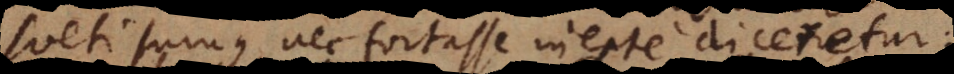
sueti sumus nec fortasse inepte diceretur: